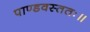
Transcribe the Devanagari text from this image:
पाण्डवस्ततः॥